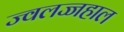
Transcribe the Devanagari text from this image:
ज्वलज्जहाल